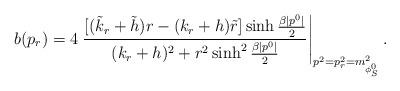
LaTeX: \begin{align*}b(p_r)=4\left.\frac{[(\tilde{k}_r+\tilde{h})r-(k_r+h)\tilde{r}]\sinh\frac{\beta|p^0|}{2}} {(k_r+h)^2+r^2\sinh^2\frac{\beta|p^0|}{2}}\right|_{p^2=p^2_r=m^2_{\phi_S^0}}.\end{align*}